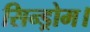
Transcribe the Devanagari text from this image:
सिन्ड्रोम।